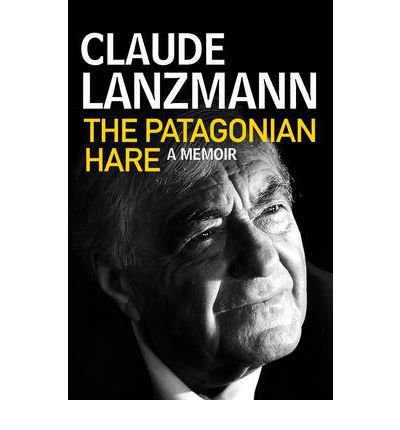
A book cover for The Patagonian Hare: A Memoir; Claude Lanzmann; Humor & Entertainment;